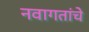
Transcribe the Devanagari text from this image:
नवागतांचे